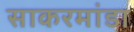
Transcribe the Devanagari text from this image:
साकरमांडा